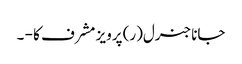
جاناجنرل(ر) پرویز مشرف کا - ۔